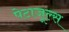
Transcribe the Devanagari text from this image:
पेटाजूल्स